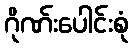
ဂိုဏ်းပေါင်းစုံ